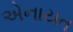
એનાયત